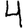
Digit: 4